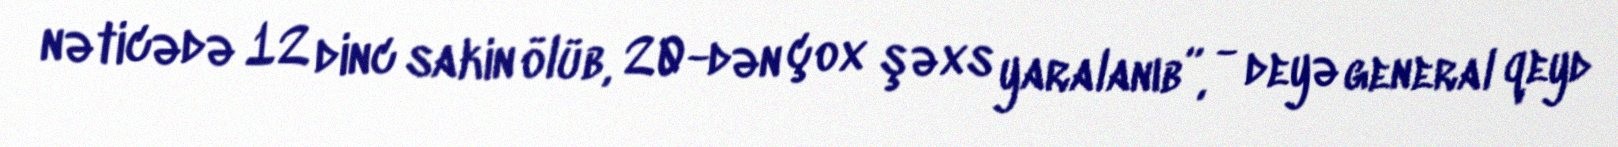
nəticədə 12 dinc sakin ölüb, 20-dən çox şəxs yaralanıb”, - deyə general qeyd